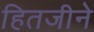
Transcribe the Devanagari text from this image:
हितजीने